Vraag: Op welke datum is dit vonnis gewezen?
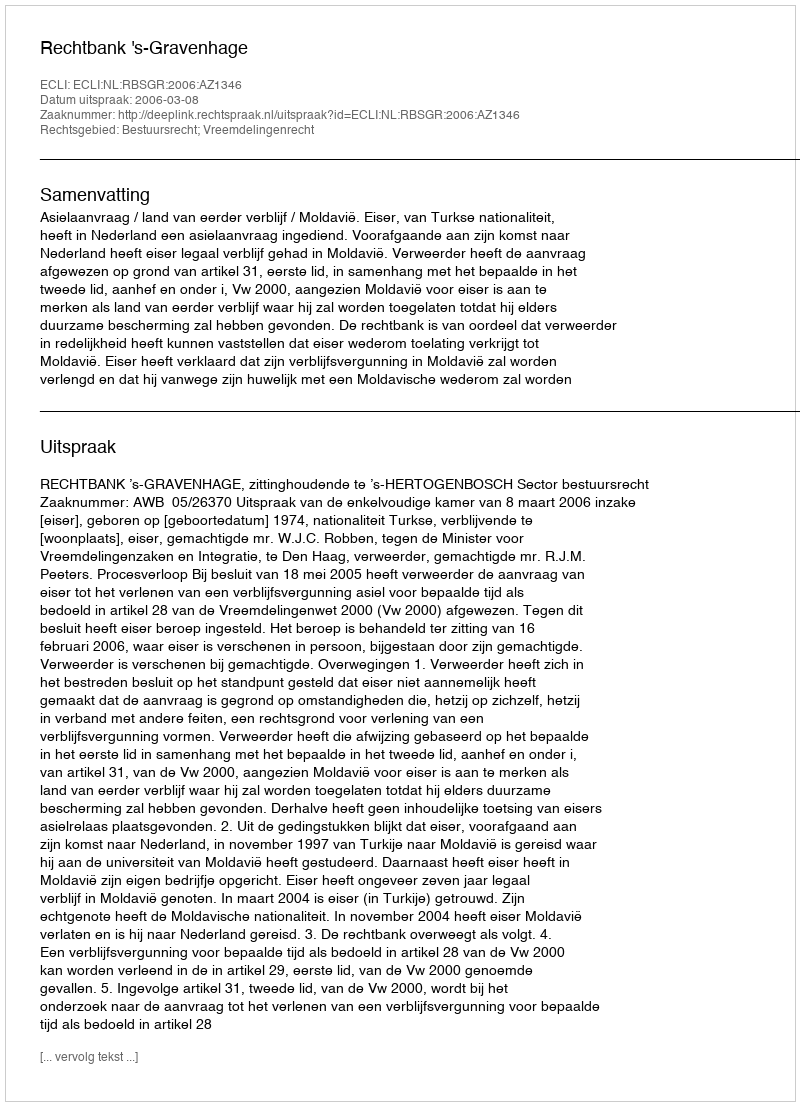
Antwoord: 2006-03-08